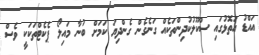
އައްޑު އަތޮޅުގައި ސްކޫލުކުދިންތަކެއް ގަނެގެން ގެންދިޔަ ކަމަށް ބުނާ މައިލޯ ޕެކެޓްތަކަކީ ވެސް